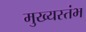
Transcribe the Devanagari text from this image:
मुख्यस्तंभ